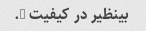
بینظیر در کیفیت ….